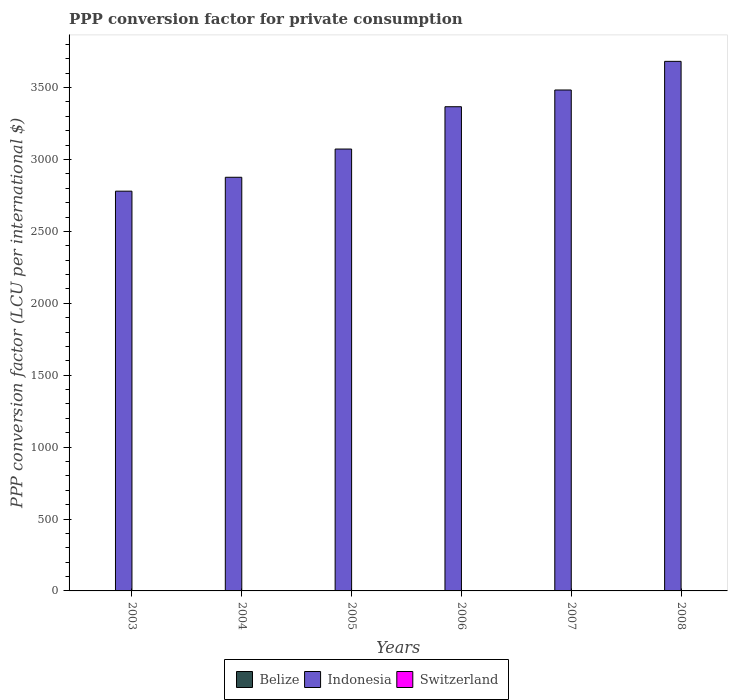
| Years | Belize | Indonesia | Switzerland |
 | --- | --- | --- | --- |
 | 2003 | 1.19 | 2.78e+03 | 1.9 |
 | 2004 | 1.19 | 2.88e+03 | 1.88 |
 | 2005 | 1.19 | 3.07e+03 | 1.85 |
 | 2006 | 1.2 | 3.37e+03 | 1.82 |
 | 2007 | 1.2 | 3.48e+03 | 1.77 |
 | 2008 | 1.23 | 3.68e+03 | 1.7 |